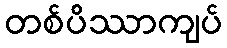
တစ်ပိဿာကျပ်